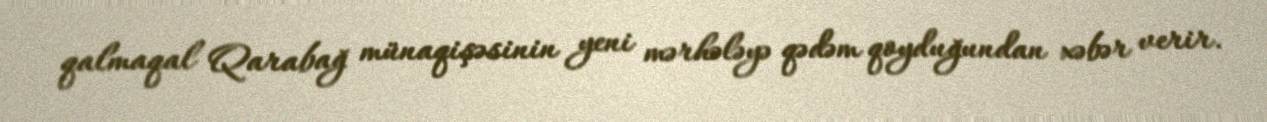
qalmaqal Qarabağ münaqişəsinin yeni mərhələyə qədəm qoyduğundan xəbər verir.